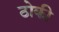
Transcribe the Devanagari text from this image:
ठोकी